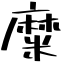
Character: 糜